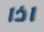
اذا